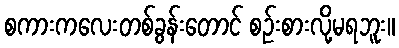
စကားကလေးတစ်ခွန်းတောင် စဉ်းစားလို့မရဘူး။